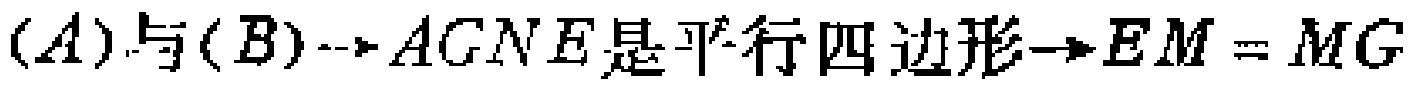
$(A)与(B)\to AGNE是平行四边形\to EM = MG$